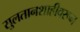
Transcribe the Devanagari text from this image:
सुलतानशाहीवरून